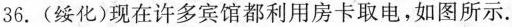
36.(绥化)现在许多宾馆都利用房卡取电，如图所示。